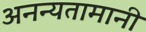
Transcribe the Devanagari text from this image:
अनन्यतामानी